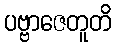
ပဗ္ဗာဇေတူတိ